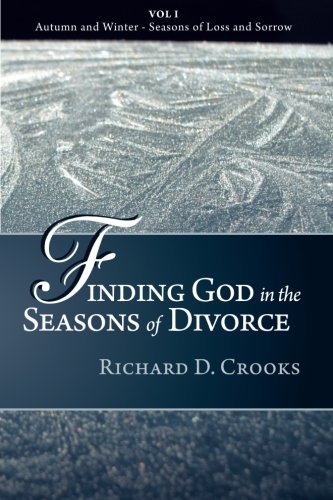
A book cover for Finding God in the Seasons of Divorce: Autumn and Winter - Seasons of Loss and Sorrow (Volume 1); Richard D. Crooks; Parenting & Relationships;